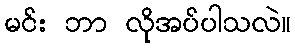
မင်း ဘာ လိုအပ်ပါသလဲ။